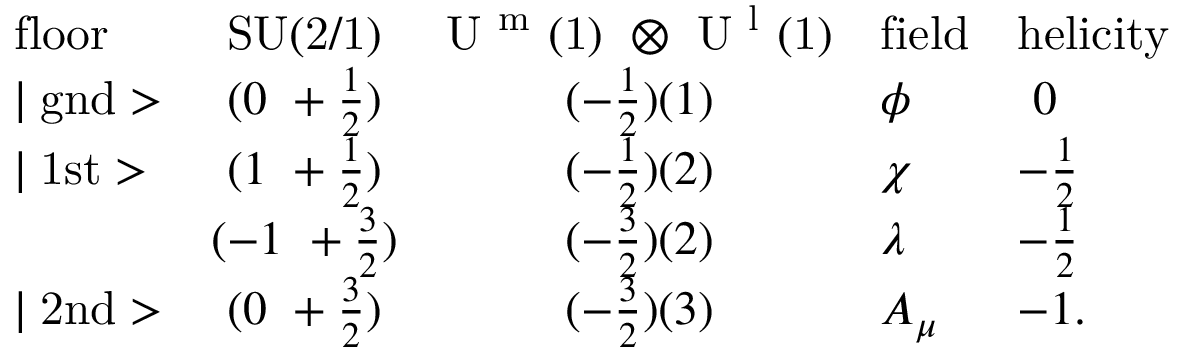
\begin{array} { l c c l l } { { \mathrm { f l o o r } } } & { { \mathrm { S U ( 2 / 1 ) } } } & { { \mathrm { U ~ ^ { m } ~ ( 1 ) ~ \otimes ~ U ~ ^ { l } ~ ( 1 ) } } } & { { \mathrm { f i e l d } } } & { { \mathrm { h e l i c i t y } } } \\ { { \mid \mathrm { g n d } > } } & { { ( 0 ~ + \frac { 1 } { 2 } ) } } & { { ( - \frac { 1 } { 2 } ) ( 1 ) } } & { { \phi } } & { { ~ 0 } } \\ { { \mid \mathrm { 1 s t } > } } & { { ( 1 ~ + \frac { 1 } { 2 } ) } } & { { ( - \frac { 1 } { 2 } ) ( 2 ) } } & { { \chi } } & { { - \frac { 1 } { 2 } } } \\ { { } } & { { ( - 1 ~ + \frac { 3 } { 2 } ) } } & { { ( - \frac { 3 } { 2 } ) ( 2 ) } } & { { \lambda } } & { { - \frac { 1 } { 2 } } } \\ { { \mid \mathrm { 2 n d } > } } & { { ( 0 ~ + \frac { 3 } { 2 } ) } } & { { ( - \frac { 3 } { 2 } ) ( 3 ) } } & { { A _ { \mu } } } & { { - 1 . } } \end{array}